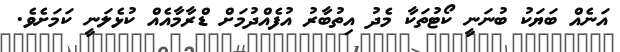
އަނެއް ބަޔަކު ބުނަނީ ކޯޓުތަކާ މެދު އިތުބާރު އުފެއްދުމަށް ޑްރާމާއެއް ކުޅެލަނީ ކަމަށެވެ.